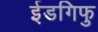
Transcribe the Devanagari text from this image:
ईडगिफु